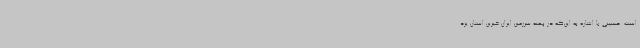
است. حسینی با اشاره به این‌که در پهنه سرزمین ایران خیرین استان یزد